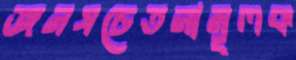
জনসচেতনামূলক